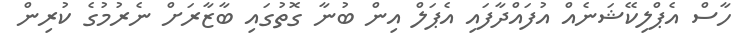
ހާސް އެޕްލިކޭޝަނެއް އުފައްދާފައި އެޕަލް އިން ބުނާ ގޮތުގައި ބާޒާރަށް ނެރުމުގެ ކުރިން